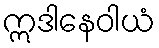
ဣဒါနေဝါယံ